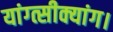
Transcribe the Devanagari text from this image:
यांग्त्सीक्यांग।